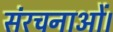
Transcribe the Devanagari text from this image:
संरचनाओं।